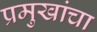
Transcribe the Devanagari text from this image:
प्रमुखांचा